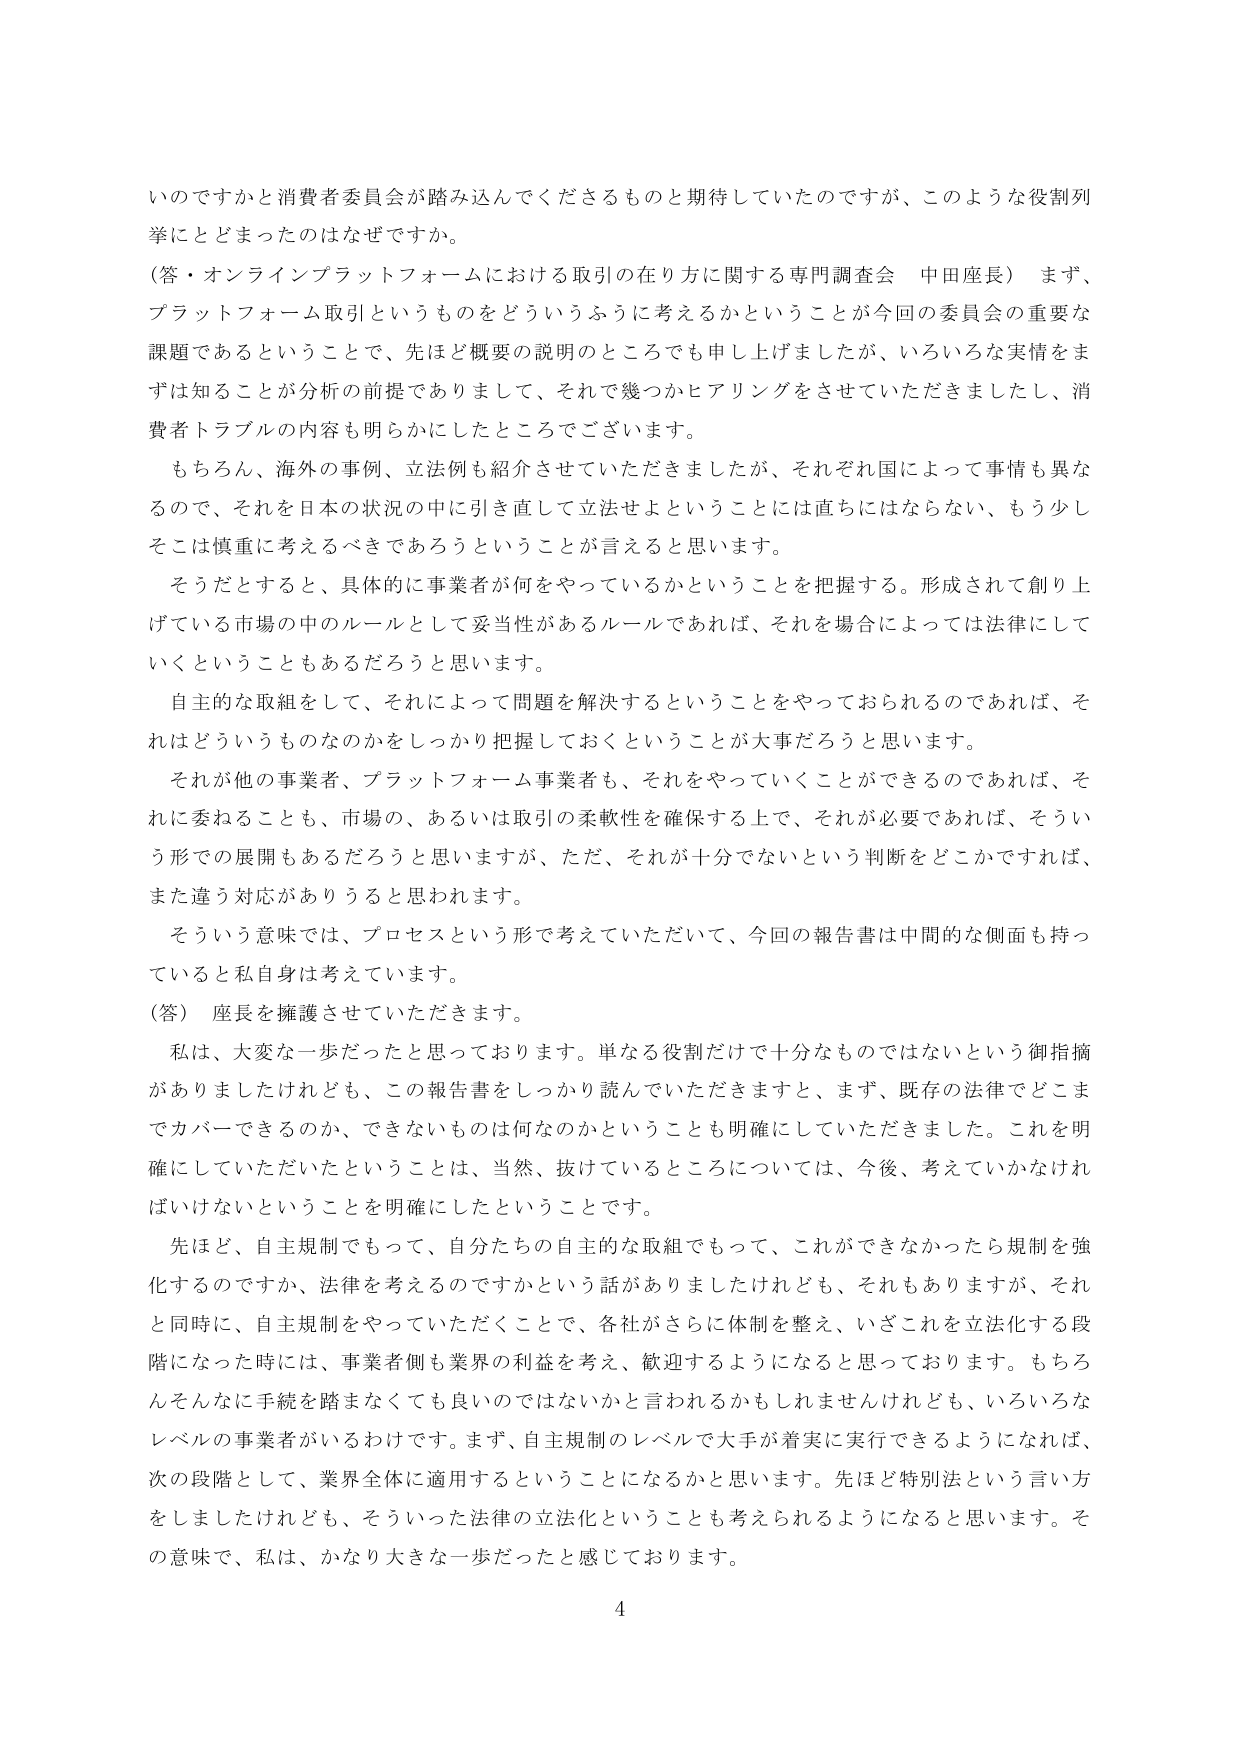
いのですかと消費者委員会が踏み込んでくださるものと期待していたのですが、このような役割列挙にとどまったのはなぜですか。

（答・オンラインプラットフォームにおける取引の在り方に関する専門調査会 中田座長） まず、プラットフォーム取引というものをどういうふうに考えるかということが今回の委員会の重要な課題であるということで、先ほど概要の説明のところでも申し上げましたが、いろいろな実情をまずは知ることが分析の前提でありまして、それで幾つかヒアリングをさせていただきましたし、消費者トラブルの内容も明らかにしたところでございます。

もちろん、海外の事例、立法例も紹介させていただきましたが、それぞれ国によって事情も異なるので、それを日本の状況の中に引き直して立法せよということには直ちにはならない、もう少しそこは慎重に考えるべきであろうということが言えると思います。

そうだとすると、具体的に事業者が何をやっているかということを把握する。形成されて創り上げている市場の中のルールとして妥当性があるルールであれば、それを場合によっては法律にしていくということもあるだろうと思います。

自主的な取組をして、それによって問題を解決するということをやっておられるのであれば、それはどういうものなのかをしっかり把握しておくということが大事だろうと思います。

それが他の事業者、プラットフォーム事業者も、それをやっていくことができるのであれば、それに委ねることも、市場の、あるいは取引の柔軟性を確保する上で、それが必要であれば、そういう形での展開もあるだろうと思いますが、ただ、それが十分でないという判断をどこかですれば、また違う対応がありうると思われます。

そういう意味では、プロセスという形で考えていただいて、今回の報告書は中間的な側面も持っていると私自身は考えています。

（答） 座長を擁護させていただきます。

私は、大変な一歩だったと思っております。単なる役割だけで十分なものではないという御指摘がありましたけれども、この報告書をしっかり読んでいただきますと、まず、既存の法律でどこまでカバーできるのか、できないものは何なのかということも明確にしていただきました。これを明確にしていただいたということは、当然、抜けているところについては、今後、考えていかなければならないということを明確にしたということです。

先ほど、自主規制でもって、自分たちの自主的な取組でもって、これができなかったら規制を強化するのですか、法律を考えるのですかという話がありましたけれども、それもありますが、それと同時に、自主規制をやっていただくことで、各社がさらに体制を整え、いざこれを立法化する段階になった時には、事業者側も業界の利益を考え、歓迎するようになると思っております。もちろんそんなに手続を踏まなくても良いのではないかと言われるかもしれませんけれども、いろいろなレベルの事業者がいるわけです。まず、自主規制のレベルで大手が着実に実行できるようになれば、次の段階として、業界全体に適用するということになるかと思います。先ほど特別法という言い方をしましたけれども、そういった法律の立法化ということも考えられるようになると思います。その意味で、私は、かなり大きな一歩だったと感じております。

4